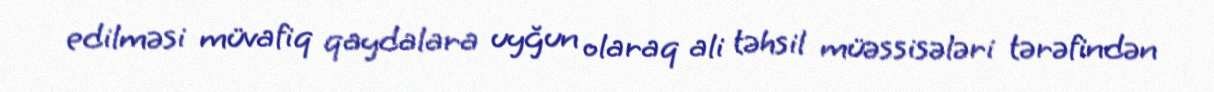
edilməsi müvafiq qaydalara uyğun olaraq ali təhsil müəssisələri tərəfindən